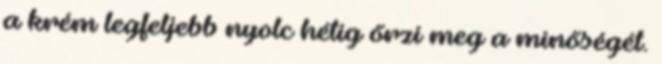
a krém legfeljebb nyolc hétig őrzi meg a minőségét.